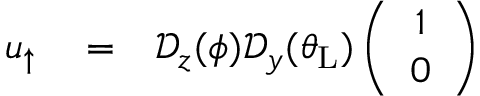
\begin{array} { r l r } { u _ { \uparrow } } & { { } = } & { \mathcal { D } _ { z } ( \phi ) \mathcal { D } _ { y } ( \theta _ { \mathrm { L } } ) \left( \begin{array} { c } { 1 } \\ { 0 } \end{array} \right) } \end{array}